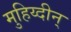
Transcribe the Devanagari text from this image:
मुहिय्दीन्